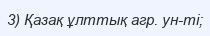
3) Қазақ ұлттық агр. ун-ті;